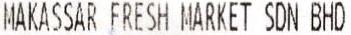
MAKASSAR FRESH MARKET SDN BHD